Leaving Certificate Examination, 1921
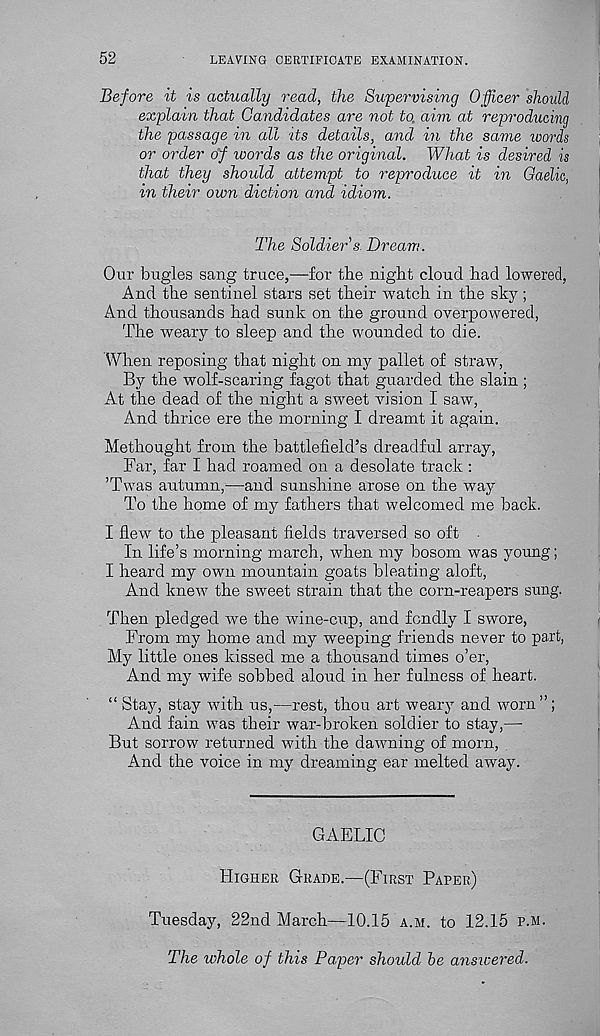
52
LEAVING CERTIFICATE EXAMINATION.
Before it is actually read, the Supervising Officer should
explain that Candidates are not to, aim at reproducing
the passage in all its details, and in the same words
or order of words as the original. What is desired is
that they should attempt to reproduce it in Gaelic,
in their own diction and idiom.
The Soldier’s. Bream.
Our bugles sang truce,—for the night cloud had lowered,
And the sentinel stars set their watch in the sky;
And thousands had sunk on the ground overpowered,
The weary to sleep and the wounded to die.
When reposing that night on my pallet of straw,
By the wolf-scaring fagot that guarded the slain ;
At the dead of the night a sweet vision I saw,
And thrice ere the morning I dreamt it again.
Methought from the battlefield’s dreadful array,
Far, far I had roamed on a desolate track:
’Twas autumn,—and sunshine arose on the way
To the home of my fathers that welcomed me back.
I flew to the pleasant fields traversed so oft •
In life’s morning march, when my bosom was young;
I heard my own mountain goats bleating aloft,
And knew the sweet strain that the corn-reapers sung.
Then pledged we the wine-cup, and fondly I swore,
From my home and my weeping friends never to part,
My little ones kissed me a thousand times o’er,
And my wife sobbed aloud in her fulness of heart.
“ Stay, stay with us,—rest, thou art weary and worn ”;
And fain was their war-broken soldier to stay,—-
But sorrow returned with the dawning of morn,
And the voice in my dreaming ear melted away.
GAELIC
Higher Grade.—(First Paper)
Tuesday, 22nd March—10.15 a.m. to 12.15 P.M.
The whole of this Paper should he answered.